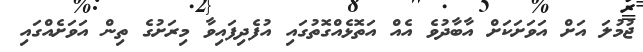
ޖުމުލަ އަށް އަވަށަކަށް އާބާދުވެ އެއް އަތޮޅެއްގޮތުގައި އުފެދިފައިވާ މިރަށުގެ ތިން އަވަށެއްގައި